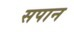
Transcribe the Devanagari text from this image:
सपान